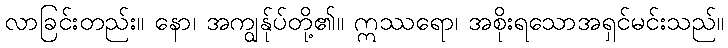
လာခြင်းတည်း။ နော၊ အကျွန်ုပ်တို့၏။ ဣဿရော၊ အစိုးရသောအရှင်မင်းသည်။